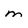
Character: m